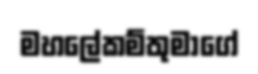
මහලේකම්තුමාගේ